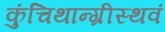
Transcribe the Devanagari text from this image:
कुंचिथान्ग्रीस्थवं